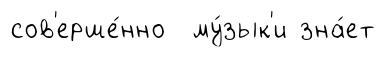
сов'ерше́нно му́зык'и зна́ет